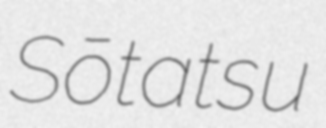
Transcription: Sōtatsu